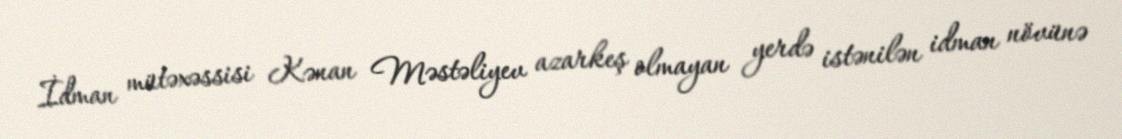
İdman mütəxəssisi Kənan Məstəliyev azarkeş olmayan yerdə istənilən idman növünə